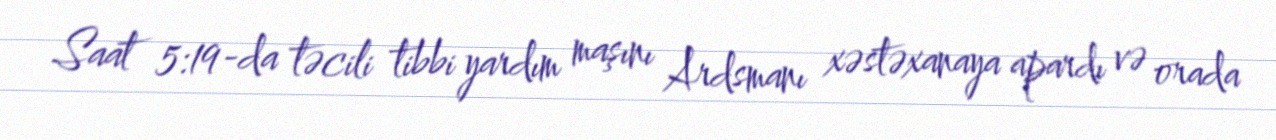
Saat 5:19-da təcili tibbi yardım maşını Ardsmanı xəstəxanaya apardı və orada